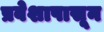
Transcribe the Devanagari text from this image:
प्रवेशापासून